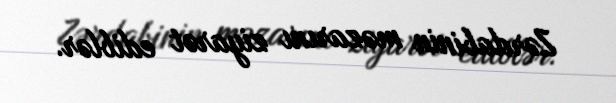
Zərdabinin məzarını ziyarət ediblər.